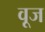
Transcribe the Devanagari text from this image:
वूज